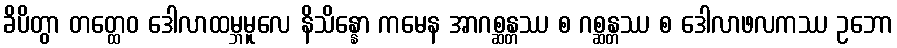
ခိပိတွာ တတ္ထေဝ ဒေါလာထမ္ဘမူလေ နိသိန္နော ကမေန အာဂစ္ဆန္တဿ စ ဂစ္ဆန္တဿ စ ဒေါလာဖလကဿ ဥဘော